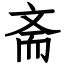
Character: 斋